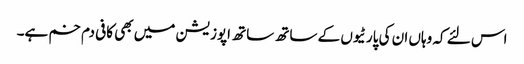
اس لئے کہ وہاں ان کی پارٹیوں کے ساتھ ساتھ اپوزیشن میں بھی کافی دم خم ہے۔